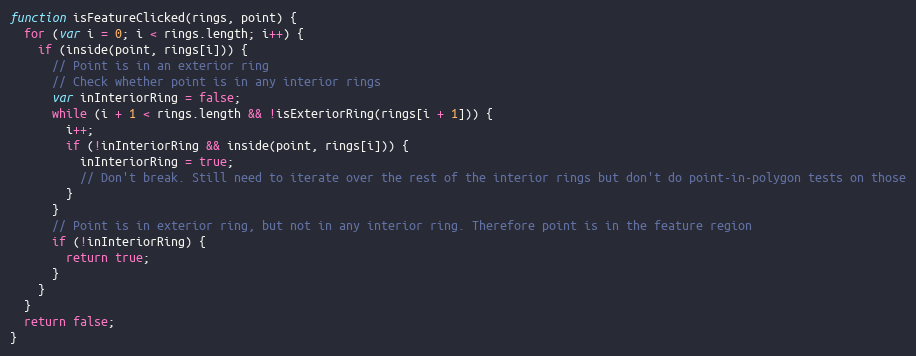
Language: JavaScript
function isFeatureClicked(rings, point) {
  for (var i = 0; i < rings.length; i++) {
    if (inside(point, rings[i])) {
      // Point is in an exterior ring
      // Check whether point is in any interior rings
      var inInteriorRing = false;
      while (i + 1 < rings.length && !isExteriorRing(rings[i + 1])) {
        i++;
        if (!inInteriorRing && inside(point, rings[i])) {
          inInteriorRing = true;
          // Don't break. Still need to iterate over the rest of the interior rings but don't do point-in-polygon tests on those
        }
      }
      // Point is in exterior ring, but not in any interior ring. Therefore point is in the feature region
      if (!inInteriorRing) {
        return true;
      }
    }
  }
  return false;
}